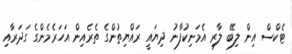
ޓެކްސް އިން ލިބޭ ލާރި އެމަނިކުފާނު ދިޔައީ ރައްޔިތުންގެ ތެރެއިން އަހަރެމެންގެ ގަދަރާއި